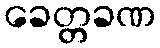
ခေတ္တခဏ